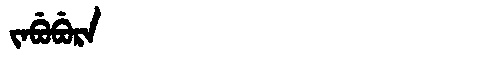
Manchu: ᠵᠠᠪᡠᠪᡠᡵᠠ
Romanization: JABUBURA